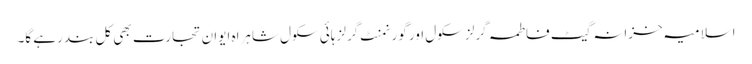
اسلامیہ خزانہ گیٹ فاطمہ گرلز سکول اور گورنمنٹ گرلز ہائی سکول شاہراہ ایوان تجارت بھی کل بند رہے گا۔